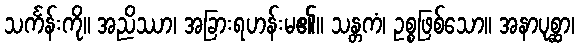
သင်္ကန်းကို။ အညိဿာ၊ အခြားရဟန်းမ၏။ သန္တကံ၊ ဥစ္စဖြစ်သော။ အနာပုစ္ဆာ၊